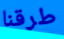
طرقنا